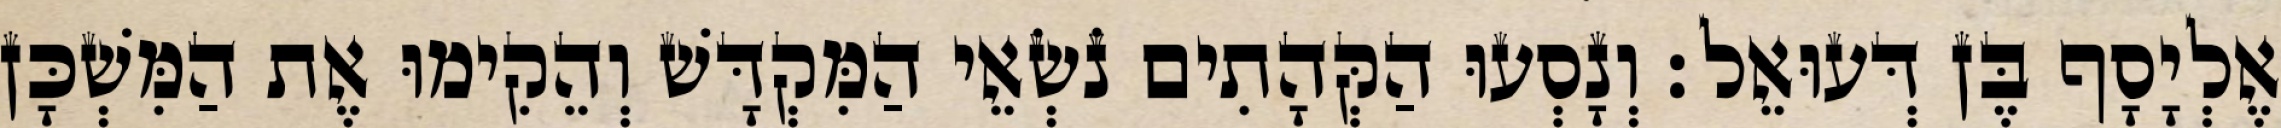
אֶלְיָסָף בֶּן דְּעוּאֵל׃ וְנָסְעוּ הַקְּהָתִים נֹשְׂאֵי הַמִּקְדָּשׁ וְהֵקִימוּ אֶת הַמִּשְׁכָּן